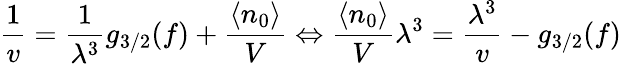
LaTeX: {\frac{1}{v}}={\frac{1}{\lambda^{3}}}g_{3/2}(f)+{\frac{\langle n_{0}\rangle}{V}}\Leftrightarrow{\frac{\langle n_{0}\rangle}{V}}\lambda^{3}={\frac{\lambda^{3}}{v}}-g_{3/2}(f)